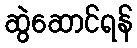
ဆွဲဆောင်ရန်